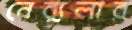
নেব্যুলার